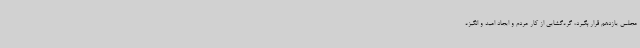
مجلس یازدهم قرار بگیرد، گره‌گشایی از کار مردم و ایجاد امید و انگیزه